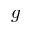
g